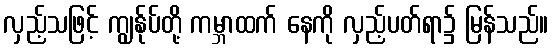
လှည့်သဖြင့် ကျွန်ုပ်တို့ ကမ္ဘာထက် နေကို လှည့်ပတ်ရာ၌ မြန်သည်။